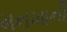
મનખાની